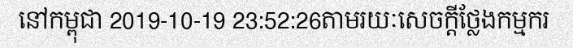
នៅកម្ពុជា 2019-10-19 23:52:26តាមរយៈសេចក្តីថ្លែងកម្មករ